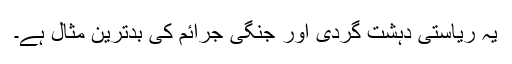
یہ ریاستی دہشت گردی اور جنگی جرائم کی بدترین مثال ہے۔